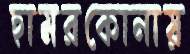
হামরকোনায়